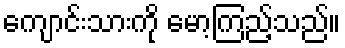
ကျောင်းသားကို မော့ကြည့်သည်။